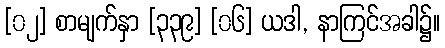
[၀၂] စာမျက်နှာ [၃၃၉] [၀၆] ယဒါ, နာကြင်အခါ၌။